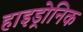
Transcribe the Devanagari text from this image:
हाइड्रोनिक